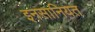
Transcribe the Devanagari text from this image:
इनसानियत